Medical and sanitary report of the native army of Bengal for the year
Year: 1877
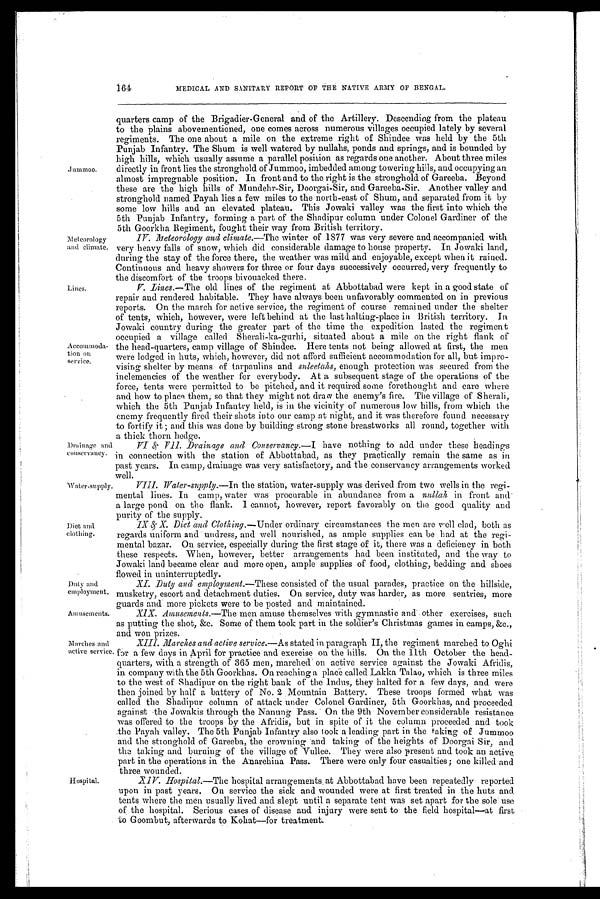
Diet and
clothing.
Duty and
employment.
164
Jummoo.
Meteorology
and climate.
Lines.
Accommoda-
tion on
service.
MEDICAL AND SANITARY REPORT OF THE NATIVE ARMY OF BENGAL.
quarters camp of the Brigadier-General and of the Artillery. Descending from the plateau
to the plains abovementioned, one comes across numerous villages occupied lately by several
regiments. The one about a mile on the extreme right of Shindee was held by the 5th
Punjab Infantry. The Shum is well watered by nullahs, ponds and springs, and is bounded by
high hills, which usually assume a parallel position as regards one another. About three miles
directly in front lies the stronghold of Jummoo, imbedded among towering hills, and occupying an
almost impregnable position. In front and to the right is the stronghold of Gareeba. Beyond
these are the high hills of Mundehr-Sir, Doorgai-Sir, and Gareeba-Sir. Another valley and
stronghold named Payah lies a few miles to the north-east of Shum, and separated from it by
some low hills and an elevated plateau. This Jowaki valley was the first into which the
5th Punjab Infantry, forming a part of the Shadipur column under Colonel Gardiner of the
5th Goorkha Regiment, fought their way from British territory.
IV. Meteorology and climate.—The winter of 1877 was very severe and accompanied with
very heavy falls of snow, which did considerable damage to house property. In Jowaki land,
during the stay of the force there, the weather was mild and enjoyable, except when it rained.
Continuous and heavy showers for three or four days successively occurred; very frequently to
the discomfort of the troops bivouacked there,
V Lines.—The old lines of the regiment at Abbottabad were kept in a good state of
repair and rendered habitable. They have always been unfavorably commented on in previous
reports. On the march for active service, the regiment of course remained under the shelter
of tents, which, however, were left behind at the last halting-place in British territory. In
Jowaki country during the greater part of the time the expedition lasted the regiment
occupied a village called Sherali-ka-gurhi, situated about a mile on the right flank of
the head-quarters, camp village of Shindee. Here tents not being allowed at first, the men
were lodged in huts, which, however, did not afford sufficient accommodation for all, but impro-
vising shelter by means of tarpaulins and suleetahs, enough protection was secured from the
inclemencies of the weather for everybody. At a subsequent stage of the operations of the
force, tents were permitted to be pitched, and it required some forethought and care where
and how to place them, so that they might not draw the enemy's fire. The village of Sherali,
which the 5th Punjab Infantry held, is in the vicinity of numerous low hills, from which the
enemy frequently fired their shots into our camp at night, and it was therefore found necessary
to fortify it ; and this was done by building strong stone breastworks all round, together with
a thick thorn hedge.
Drainage and
conservancy.
Water-supply
VI & VII. Drainage and Conservancy.—I have nothing to add under these headings
in connection with the station of Abbottabad, as they practically remain the same as in
past years. In camp, drainage was very satisfactory, and the conservancy arrangements worked
well.
VIII. Water-supply.—In the station, water-supply was derived from two wells in the regi-
mental lines. In camp, water was procurable in abundance from a nullah in front and
a large pond on the flank. I cannot, however, report favorably on the good quality and
purity of the supply.
_
IX & X. Diet and Clothing.—Under ordinary circumstances the men are well clad, both as
regards uniform and undress, and well nourished, as ample supplies can be had at the regi-
mental bazar. On service, especially during the first stage of it, there was a deficiency in both
these respects. When, however, better arrangements had been instituted, and the way to
Jowaki land became clear and more open, ample supplies of food, clothing, bedding and shoes
flowed in uninterruptedly.
XI. .Duty and employment.—These consisted of the usual parades, practice on the hillside,
musketry, escort and detachment duties. On service, duty was harder, as more sentries, more
guards and more pickets were to be posted and maintained.
Amusements.
XIX. Amusements.—The men amuse themselves with gymnastic and other exercises, such
as putting the shot, &c. Some of them took part in the soldier's Christmas games in camps, &c.,
and won prizes.
Marches and
active service.
Hospital.
XIII. Marches and active service.—As stated in paragraph II, the regiment marched to Oghi
for a few days in April for practice and exercise on the hills. On the 11th October the head-
quarters, with a strength of 365 men, marched on active service against the Jowaki Afridis,
in company with the 5th Goorkhas. On reaching a place called Lakka Talao, which is three miles
to the west of Shadipur on the right bank of the Indus, they halted for a few days, and were
then joined by half a battery of No. 2 Mountain Battery. These troops formed what was
called the Shadipur column of attack under Colonel Gardiner, 5th Goorkhas, and proceeded
against the Jowakis through the Nanung Pass. On the 9th November considerable resistance
was offered to the troops by the Afridis, but in spite of it the column proceeded and took
the Payah valley. The 5th Punjab Infantry also took a leading part in the taking of Jummoo
and the stronghold of Gareeba, the crowning and taking of the heights of Doorgai Sir, and
the taking and burning of the village of
crowning. They were also present and took an active
part in the operations in the Anarchina Pass. There were only four casualties; one killed and
three wounded.
Hospital.—The hospital arrangements . at Abbottabad have been repeatedly reported
upon in past years. On service the sick and wounded were at first treated in the huts and
tents where the men usually lived and slept until a separate tent was set apart for the sole use
of the hospital. Serious cases of disease and injury were sent to the field hospital–at first
to Goombut, afterwards to Kohat–for treatment.